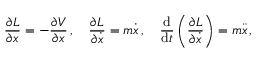
{ \frac { \partial L } { \partial x } } = - { \frac { \partial V } { \partial x } } \, , \quad { \frac { \partial L } { \partial { \dot { x } } } } = m { \dot { x } } \, , \quad { \frac { \mathrm { d } } { \mathrm { d } t } } \left( { \frac { \partial L } { \partial { \dot { x } } } } \right) = m { \ddot { x } } \, ,